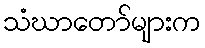
သံဃာတော်များက